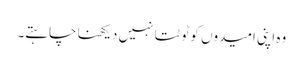
وہ اپنی امیدوں کو ٹوٹتا نہیں دیکھنا چاہتے۔